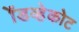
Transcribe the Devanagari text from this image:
ॲडव्हेकोट